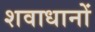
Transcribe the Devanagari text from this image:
शवाधानों